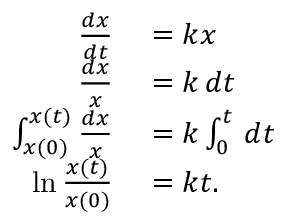
\begin{array} { r l } { { \frac { d x } { d t } } } & { { } = k x } \\ { { \frac { d x } { x } } } & { { } = k \, d t } \\ { \int _ { x ( 0 ) } ^ { x ( t ) } { \frac { d x } { x } } } & { { } = k \int _ { 0 } ^ { t } \, d t } \\ { \ln { \frac { x ( t ) } { x ( 0 ) } } } & { { } = k t . } \end{array}